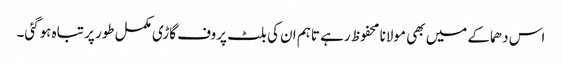
اس دھماکے میں بھی مولانا محفوظ رہے تاہم ان کی بلٹ پروف گاڑی مکمل طور پر تباہ ہوگئی۔